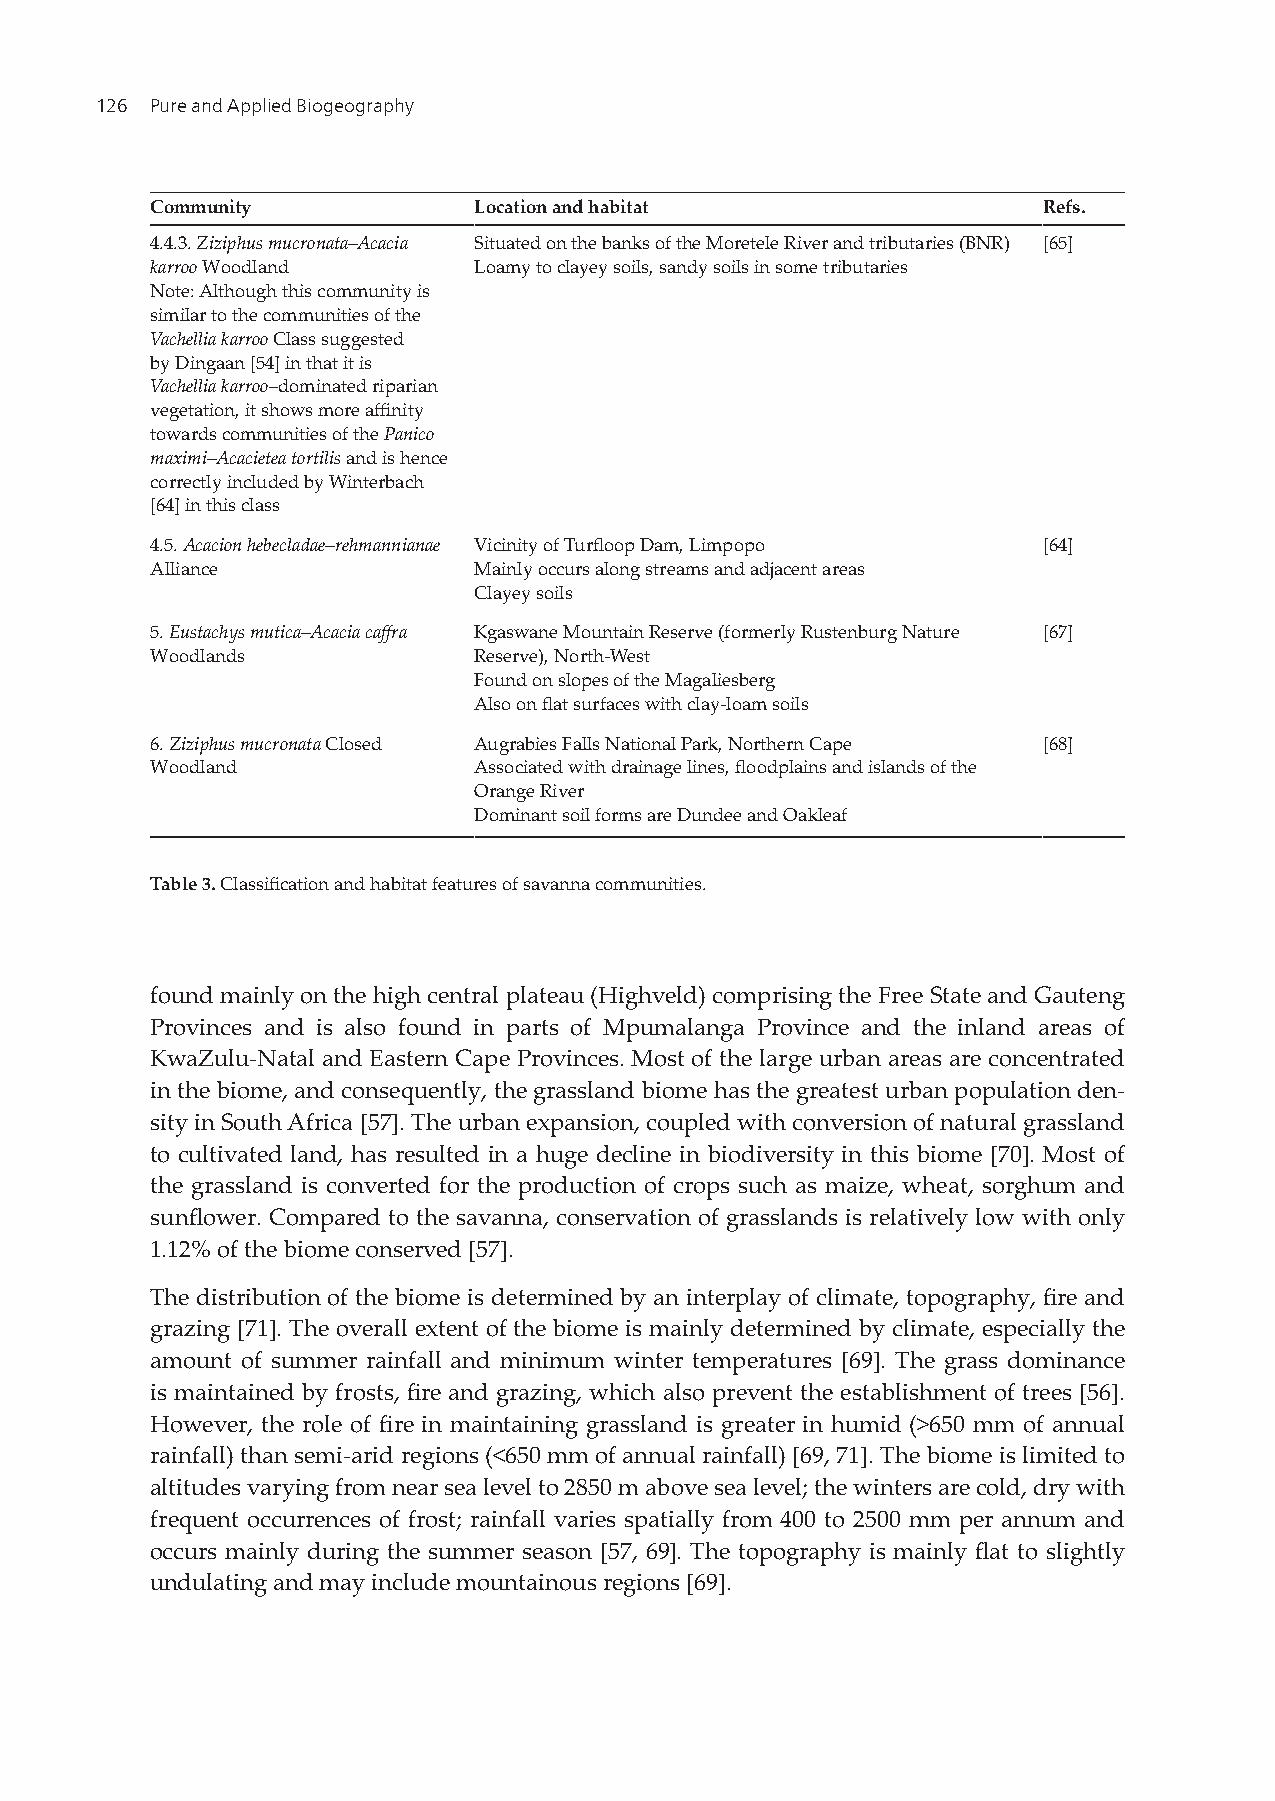
126 Pure and Applied Biogeography
 Community            Location and habitat                  Refs.
 4.4.3. Ziziphus mucronata–Acacia Situated on the banks of the Moretele River and tributaries (BNR) [65]
 karroo Woodland      Loamy to clayey soils, sandy soils in some tributaries
 Note: Although this community is
 similar to the communities of the
 Vachellia karroo Class suggested
 by Dingaan [54] in that it is
 Vachellia karroo–dominated riparian
 vegetation, it shows more affinity
 towards communities of the Panico
 maximi–Acacietea tortilis and is hence
 correctly included by Winterbach
 [64] in this class
 4.5. Acacion hebecladae–rehmannianae Vicinity of Turfloop Dam, Limpopo [64]
 Alliance             Mainly occurs along streams and adjacent areas
 Clayey soils
 5. Eustachys mutica–Acacia caffra Kgaswane Mountain Reserve (formerly Rustenburg Nature [67]
 Woodlands            Reserve), North-West
 Found on slopes of the Magaliesberg
 Also on flat surfaces with clay-loam soils
 6. Ziziphus mucronata Closed Augrabies Falls National Park, Northern Cape [68]
 Woodland             Associated with drainage lines, floodplains and islands of the
 Orange River
 Dominant soil forms are Dundee and Oakleaf
 Table 3. Classification and habitat features of savanna communities.
 found mainly on the high central plateau (Highveld) comprising the Free State and Gauteng
 Provinces and is also found in parts of Mpumalanga Province and the inland areas of
 KwaZulu-Natal and Eastern Cape Provinces. Most of the large urban areas are concentrated
 in the biome, and consequently, the grassland biome has the greatest urban population den-
 sity in South Africa [57]. The urban expansion, coupled with conversion of natural grassland
 to cultivated land, has resulted in a huge decline in biodiversity in this biome [70]. Most of
 the grassland is converted for the production of crops such as maize, wheat, sorghum and
 sunflower. Compared to the savanna, conservation of grasslands is relatively low with only
 1.12% of the biome conserved [57].
 The distribution of the biome is determined by an interplay of climate, topography, fire and
 grazing [71]. The overall extent of the biome is mainly determined by climate, especially the
 amount of summer rainfall and minimum winter temperatures [69]. The grass dominance
 is maintained by frosts, fire and grazing, which also prevent the establishment of trees [56].
 However, the role of fire in maintaining grassland is greater in humid (>650 mm of annual
 rainfall) than semi-arid regions (<650 mm of annual rainfall) [69, 71]. The biome is limited to
 altitudes varying from near sea level to 2850 m above sea level; the winters are cold, dry with
 frequent occurrences of frost; rainfall varies spatially from 400 to 2500 mm per annum and
 occurs mainly during the summer season [57, 69]. The topography is mainly flat to slightly
 undulating and may include mountainous regions [69].